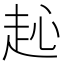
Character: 𧺨